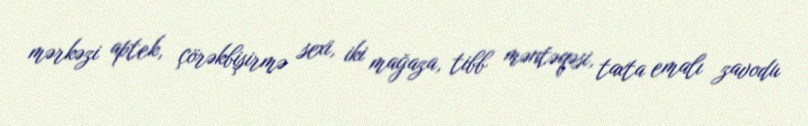
mərkəzi aptek, çörəkbişirmə sexi, iki mağaza, tibb məntəqəsi, taxta emalı zavodu